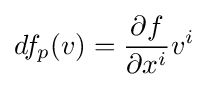
df_{p}(v)={\frac {\partial f}{\partial x^{i}}}v^{i}